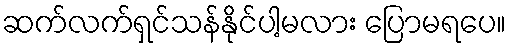
ဆက်လက်ရှင်သန်နိုင်ပါ့မလား ပြောမရပေ။